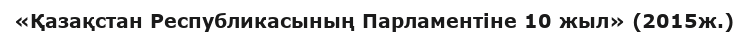
«Қазақстан Республикасының Парламентіне 10 жыл» (2015ж.)